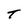
Character: T